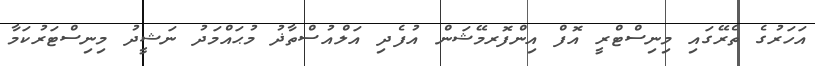
އަހަރުގެ ތެރޭގައި މިނިސްޓްރީ އޮފް އިންފޮރމޭޝަން އުފެދި އަލްއުސްތާޛު މުޙައްމަދު ނަޝީދު މިނިސްޓަރުކަމާ